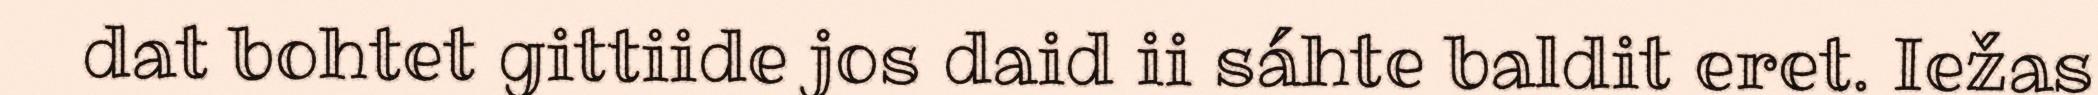
dat bohtet gittiide jos daid ii sáhte baldit eret. Iežas